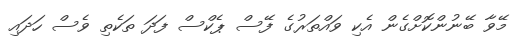
މޭވާ ބޭނުންކޮށްްގެން އެކި ވައްތަރުގެ ފޭސް ޕެކްސް ފަދަ ތަކެތި ވެސް ހަދައި